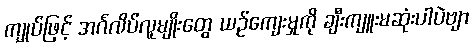
ကျုပ်ဖြင့် အင်္ဂလိပ်လူမျိုးတွေ ယဉ်ကျေးမှုကို ချီးကျူးမဆုံးပါပဲဗျာ